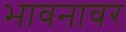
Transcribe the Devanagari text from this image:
भावनावर